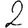
Digit: 2